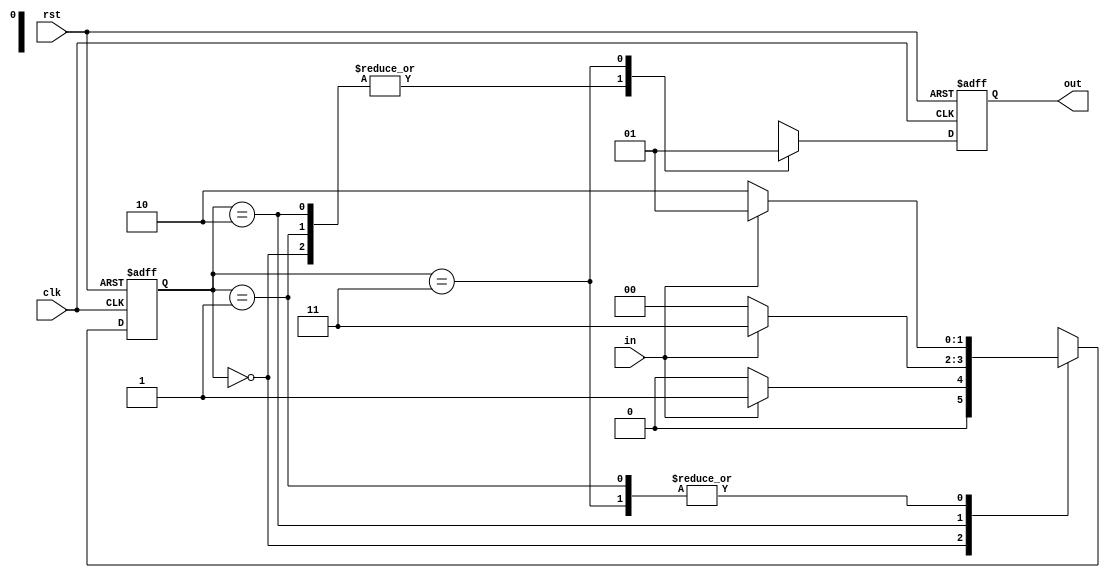
//101
module seq101_3(
	input clk,rst,in,
	output reg out
);
	localparam S0=2'b00,S1=2'b01,S2=2'b10,S3=2'b11;

	reg [1:0] state,next_state;
    always@(*)begin
        case(state)
			S0:next_state<=in?S1:S0;
			S1:next_state<=in?S1:S2;
			S2:next_state<=in?S3:S0;
			S3:next_state<=in?S1:S2;
			default:next_state<=S0;
		endcase
	end

    always@(posedge clk or posedge rst)begin
        if(rst)
            state<=S0;
        else
            state<=next_state;
    end

	always@(posedge clk or posedge rst)begin
        if(rst)
            out<=0;
        else begin
            case(state)
			S0:out<=0;
			S1:out<=0;
			S2:out<=0;
			S3:out<=1;
			default:out<=0;
		endcase
        end
	end

endmodule